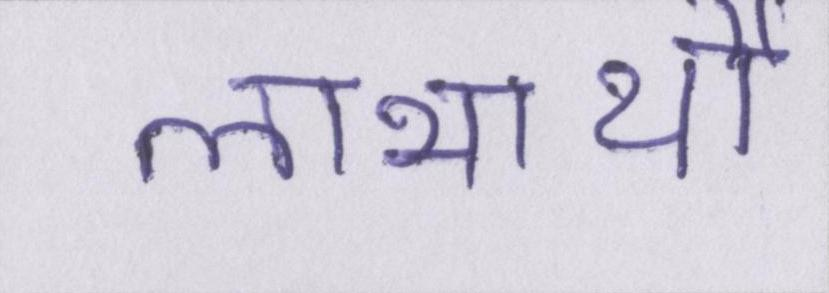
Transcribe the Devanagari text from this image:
लाभार्थी